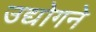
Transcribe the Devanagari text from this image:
उद्योगने